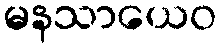
မနသာယေဝ